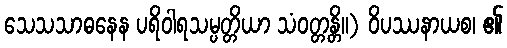
သေသသာဓနေန ပရိဝါရသမ္ပတ္တိယာ သံဝတ္တန္တိ။) ဝိပဿနာယစ၊ ၏